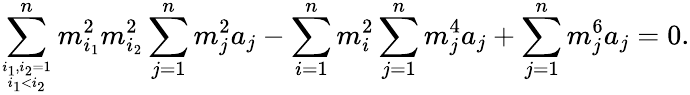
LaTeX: \sum_{i_{1},i_{2}=1\atop i_{1}<i_{2}}^{n}m_{i_{1}}^{2}m_{i_{2}}^{2}\sum_{j=1}^{n}m_{j}^{2}a_{j}-\sum_{i=1}^{n}m_{i}^{2}\sum_{j=1}^{n}m_{j}^{4}a_{j}+\sum_{j=1}^{n}m_{j}^{6}a_{j}=0.